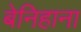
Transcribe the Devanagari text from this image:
बेनिहाना